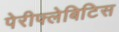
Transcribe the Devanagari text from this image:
पेरीफ्लेबिटिस